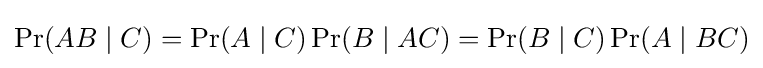
\Pr(AB\mid C)=\Pr(A\mid C)\Pr(B\mid AC)=\Pr(B\mid C)\Pr(A\mid BC)